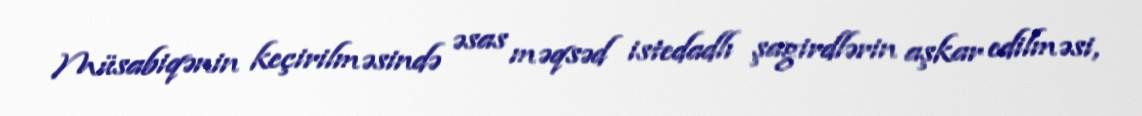
Müsabiqənin keçirilməsində əsas məqsəd istedadlı şagirdlərin aşkar edilməsi,